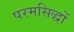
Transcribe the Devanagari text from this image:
परमसिद्धों